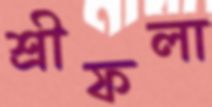
শ্রীফলা